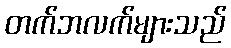
တက်ဘလက်များသည်